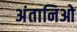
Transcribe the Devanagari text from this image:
अंतानिओ